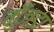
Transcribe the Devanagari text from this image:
कुँजड़ा